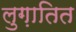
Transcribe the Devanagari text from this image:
लुग़ातित